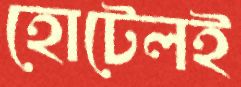
হোটেলই